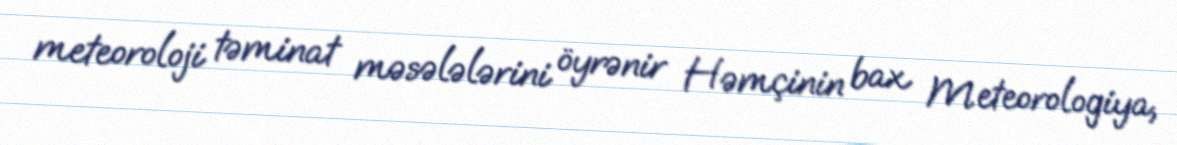
meteoroloji təminat məsələlərini öyrənir Həmçinin bax Meteorologiya,